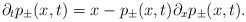
\begin{align*}\partial_t p_{\pm}(x,t) = x - p_\pm(x,t) \partial_x p_\pm(x,t).\end{align*}